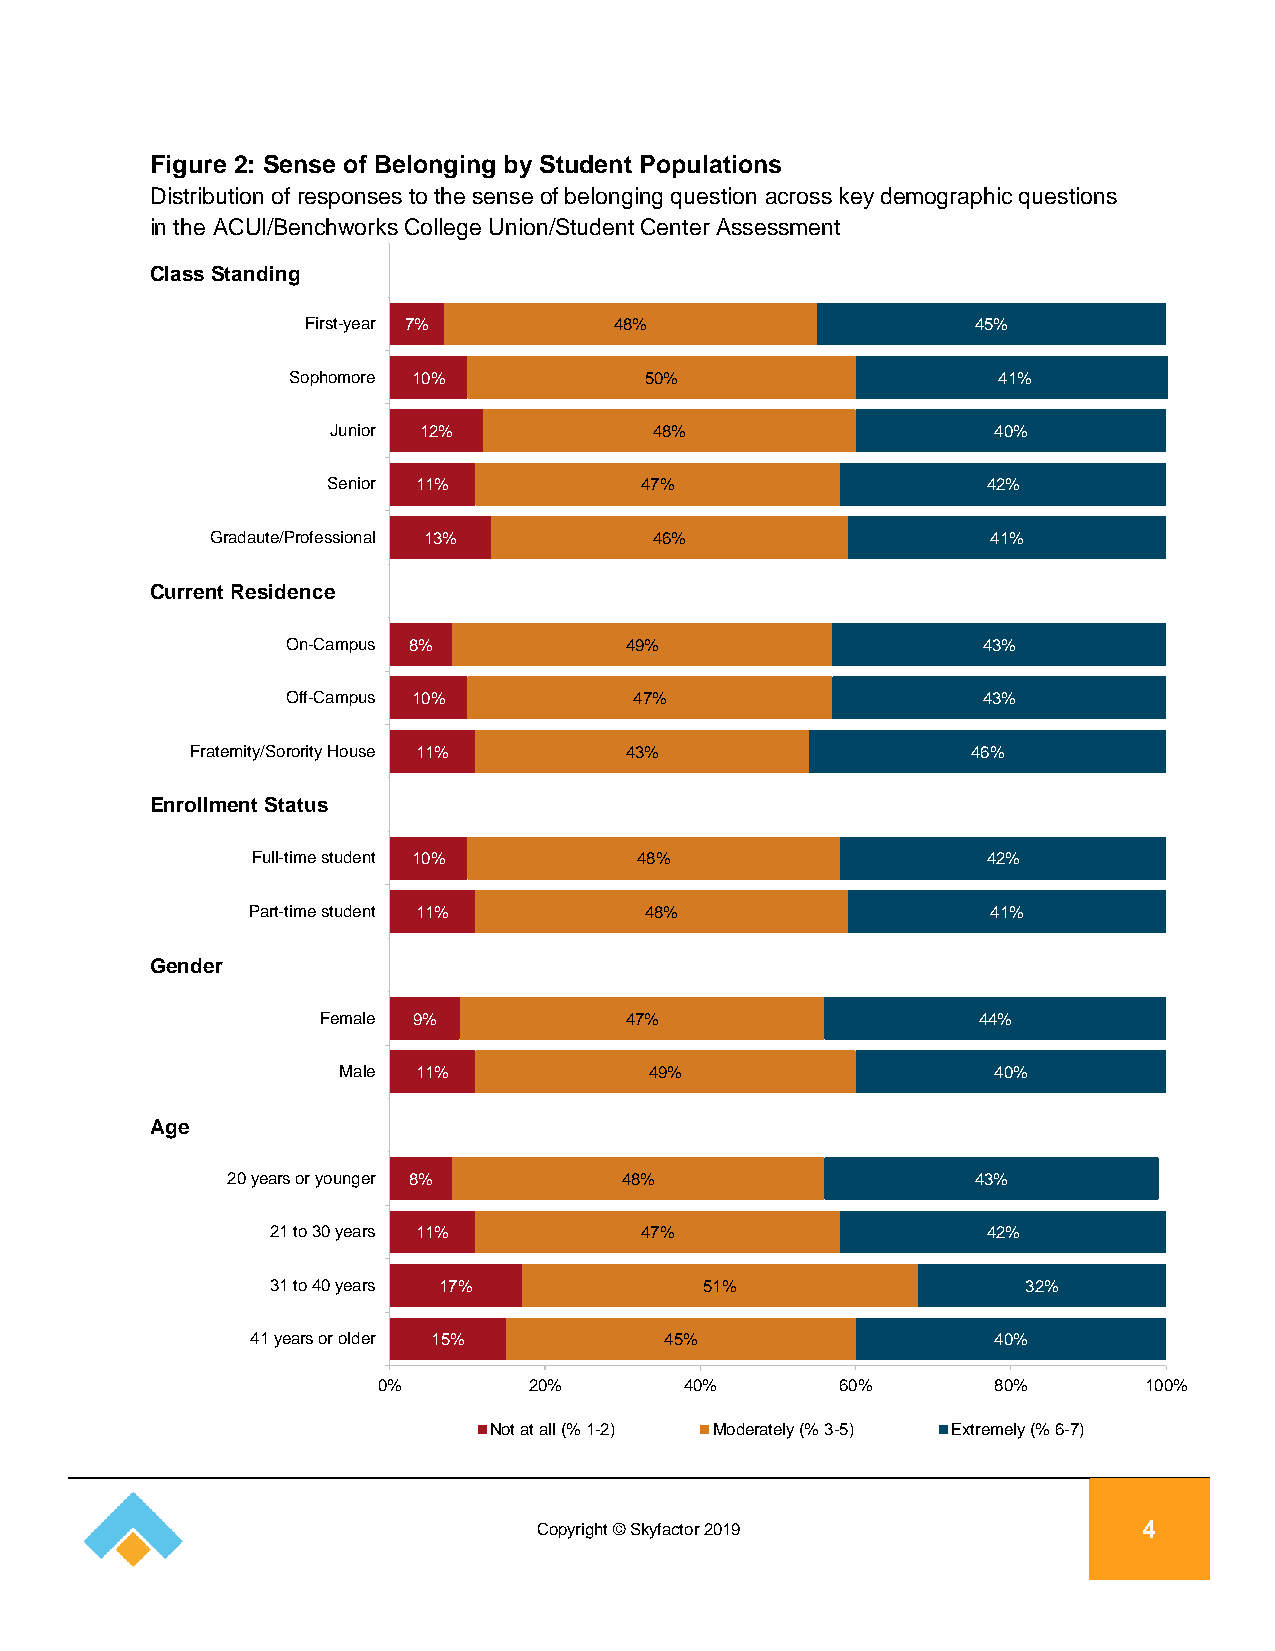
Figure 2: Sense of Belonging by Student Populations
 Distribution of responses to the sense of belonging question across key demographic questions
 in the ACUI/Benchworks College Union/Student Center Assessment
 Class Standing
 First-year 7%        48%                     45%
 Sophomore 10%           50%                    41%
 Junior 12%           48%                    40%
 Senior 11%          47%                    42%
 Gradaute/Professional 13%    46%                    41%
 Current Residence
 On-Campus 8%          49%                     43%
 Off-Campus 10%         47%                    43%
 Fraternity/Sorority House 11% 43%                  46%
 Enrollment Status
 Full-time student 10%    48%                    42%
 Part-time student 11%      48%                    41%
 Gender
 Female 9%           47%                     44%
 Male  11%            49%                    40%
 Age
 20 years or younger 8%    48%                     43%
 21 to 30 years 11%      47%                    42%
 31 to 40 years 17%           51%                  32%
 41 years or older 15%      45%                   40%
 0%        20%       40%        60%       80%       100%
 Not at all (% 1-2) Moderately (% 3-5) Extremely (% 6-7)
 Copyright © Skyfactor 2019              4